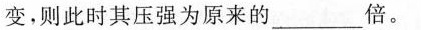
变，则此时其压强为原来的___倍。